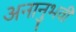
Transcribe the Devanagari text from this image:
अनानुभवी